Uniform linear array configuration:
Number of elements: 4
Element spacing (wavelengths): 1
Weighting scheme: kaiser
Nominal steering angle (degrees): -15
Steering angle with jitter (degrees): -13.6
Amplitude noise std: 0.05
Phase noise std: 0.05

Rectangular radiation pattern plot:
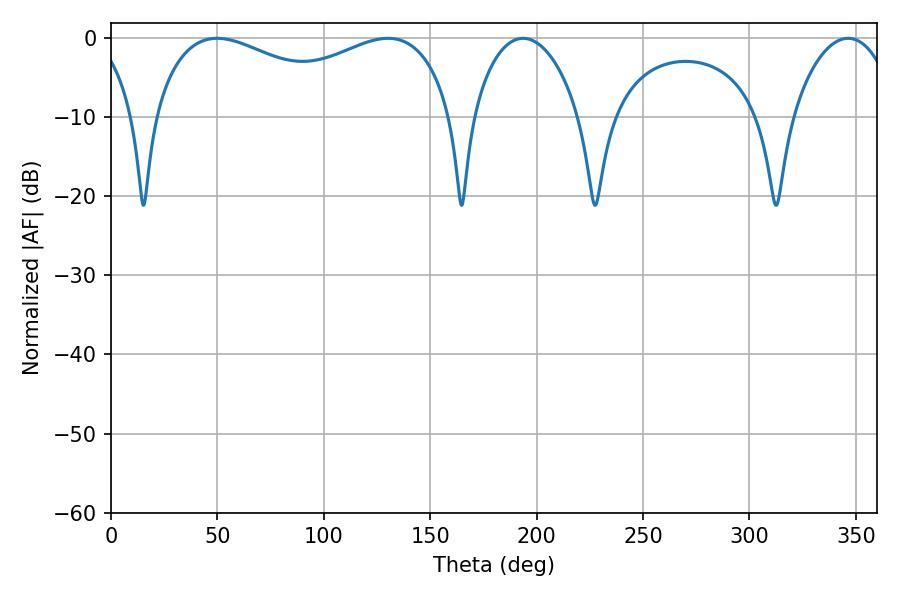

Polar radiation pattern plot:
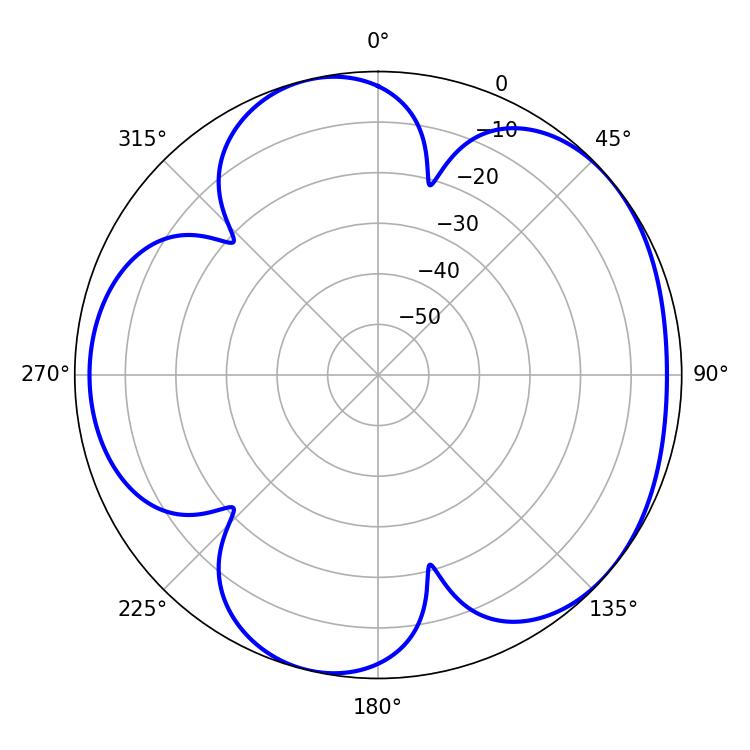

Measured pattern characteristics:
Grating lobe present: TRUE
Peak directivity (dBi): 4.793
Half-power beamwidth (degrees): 116.64
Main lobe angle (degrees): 49.86